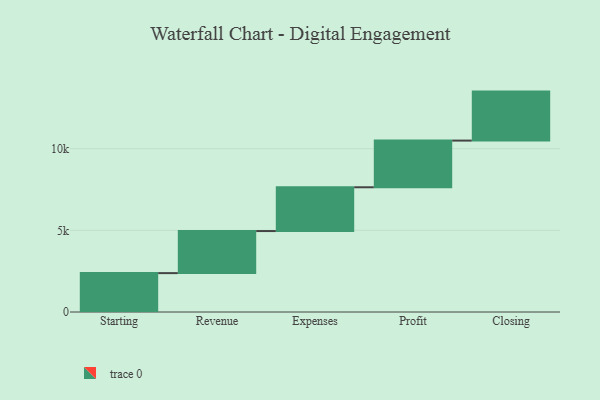
{"axis": {"x": "Step", "y": "Value"}, "legend": [""], "data": [{"x": "Starting", "y": 2381.0, "type": ""}, {"x": "Revenue", "y": 2576.0, "type": ""}, {"x": "Expenses", "y": 2681.0, "type": ""}, {"x": "Profit", "y": 2858.0, "type": ""}, {"x": "Closing", "y": 3000, "type": ""}]}